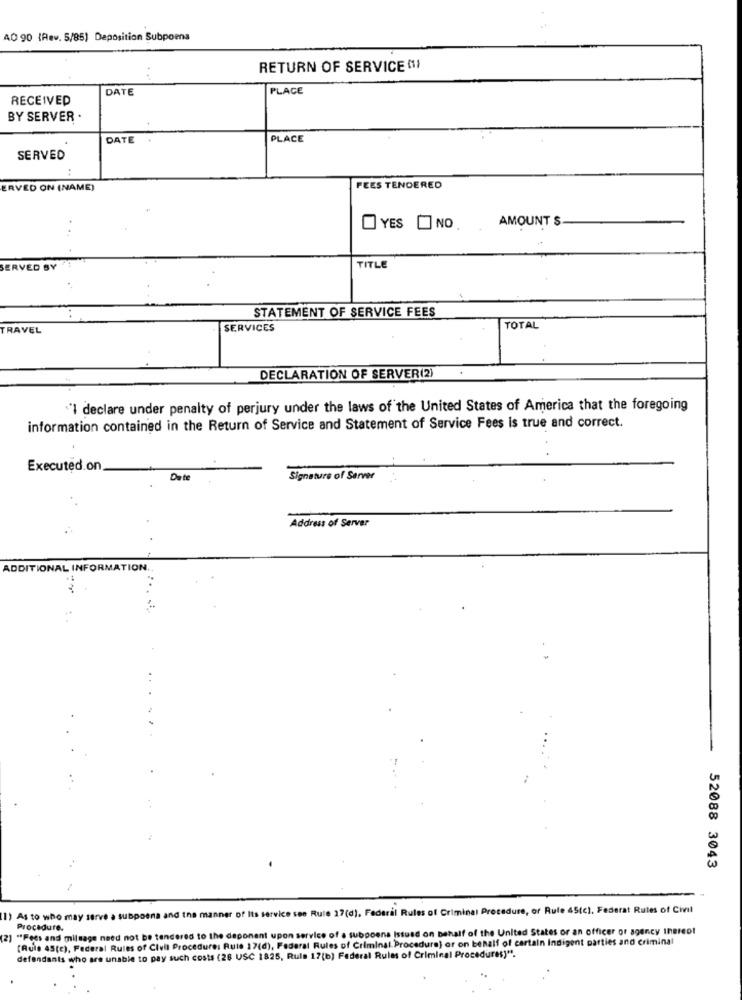
40 90 (Rev. 5/85) Deposition Subpoena
RETURN OF SERVICE (11
DATE
PLACE
RECEIVED
BY SERVER .
DATE
PLACE
SERVED
ERVED ON (NAME)
FEES TENDERED
AMOUNT $
YES
NO.
SERVED BY
TITLE
STATEMENT OF SERVICE FEES
TRAVEL
SERVICES
TOTAL
DECLARATION OF SERVER(2)
"I declare under penalty of perjury under the laws of the United States of America that the foregoing
information contained in the Return of Service and Statement of Service Fees is true and correct.
Executed.on
Date
Signature of Server
Address of Server
ADDITIONAL INFORMATION ..
52088 3043
a subpoena and the manner of Its service see Rule 27(d). Federal Rules of Criminal Procedure, or Rule 45(c). Federat Rutes of Civil
1) As to who may
(2) "Fees and mileage need not be tendered to the deponent upon service of a subpoena Istusd on behalf of the United States or an officer or agency thereof
Procedure.
(Rule 45(c), Federal Rules of Civil Procedure: Rute 17(d), Federal Rules of Criminal. Procedure) or on behalf of certain Indigent parties and criminal
defendants who are unable to pay such costs (28 USC 1825, Rula 17(b) Federal Rules of Criminal Procedures)".